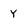
Character: Y